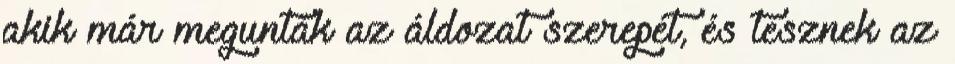
akik már megunták az áldozat szerepét, és tesznek az